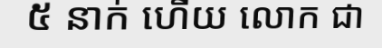
៥ នាក់ ហើយ លោក ជា